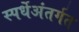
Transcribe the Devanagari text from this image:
स्पर्धेअंतर्गत